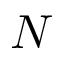
N